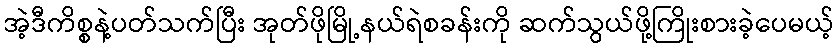
အဲ့ဒီကိစ္စနဲ့ပတ်သက်ပြီး အုတ်ဖိုမြို့နယ်ရဲစခန်းကို ဆက်သွယ်ဖို့ကြိုးစားခဲ့ပေမယ့်